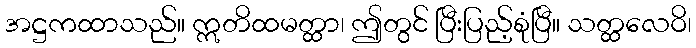
အဋ္ဌကထာသည်။ ဣတိထမတ္ထာ၊ ဤတွင် ပြီးပြည့်စုံပြီ။ သတ္ထလေဝိ၊